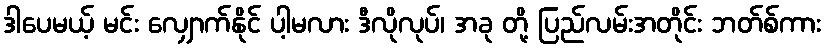
ဒါပေမယ့် မင်း လျှောက်နိုင် ပါ့မလား ဒီလိုလုပ်၊ အခု တို့ ပြည်လမ်းအတိုင်း ဘတ်စ်ကား